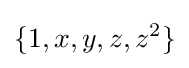
\{1,x,y,z,z^{2}\}